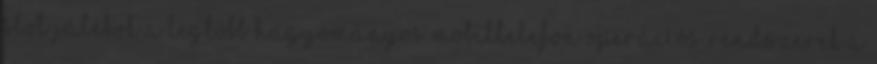
slot játékok A legtöbb hagyományos mobiltelefon operációs rendszerek a